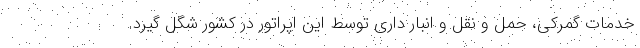
خدمات گمرکی، حمل و نقل و انبار داری توسط این اپراتور در کشور شگل گیرد.